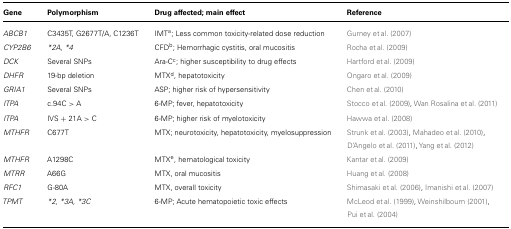
<table><thead><tr><td><b>Gene</b></td><td><b>Polymorphism</b></td><td><b>Drug affected; main effect</b></td><td><b>Reference</b></td></tr></thead><tbody><tr><td><i>ABCB1</i></td><td>C3435T, G2677T/A, C1236T</td><td>IMT<sup>a</sup>; Less common toxicity-related dose reduction</td><td>Gurney et al. (2007)</td></tr><tr><td><i>CYP2B6</i></td><td><i>*2A, *4</i></td><td>CFD<sup>b</sup>; Hemorrhagic cystitis, oral mucositis</td><td>Rocha et al. (2009)</td></tr><tr><td><i>DCK</i></td><td>Several SNPs</td><td>Ara-C<sup>c</sup>; higher susceptibility to drug effects</td><td>Hartford et al. (2009)</td></tr><tr><td><i>DHFR</i></td><td>19-bp deletion</td><td>MTX<sup>d</sup>, hepatotoxicity</td><td>Ongaro et al. (2009)</td></tr><tr><td><i>GRIA1</i></td><td>Several SNPs</td><td>ASP; higher risk of hypersensitivity</td><td>Chen et al. (2010)</td></tr><tr><td><i>ITPA</i></td><td>c.94C &gt; A</td><td>6-MP; fever, hepatotoxicity </td><td>Stocco et al. (2009), Wan Rosalina et al. (2011)</td></tr><tr><td><i>ITPA</i></td><td>IVS + 21A &gt; C</td><td>6-MP; higher risk of myelotoxicity</td><td>Hawwa et al. (2008)</td></tr><tr><td><i>MTHFR</i></td><td>C677T</td><td>MTX; neurotoxicity, hepatotoxicity, myelosuppression</td><td>Strunk et al. (2003), Mahadeo et al. (2010), D’Angelo et al. (2011), Yang et al. (2012)</td></tr><tr><td><i>MTHFR</i></td><td>A1298C</td><td>MTX<sup>e</sup>, hematological toxicity</td><td>Kantar et al. (2009)</td></tr><tr><td><i>MTRR</i></td><td>A66G</td><td>MTX, oral mucositis</td><td>Huang et al. (2008)</td></tr><tr><td><i>RFC1</i></td><td>G-80A</td><td>MTX, overall toxicity</td><td>Shimasaki et al. (2006), Imanishi et al. (2007)</td></tr><tr><td><i>TPMT</i></td><td><i>*2, *3A, *3C</i></td><td>6-MP; Acute hematopoietic toxic effects</td><td>McLeod et al. (1999), Weinshilboum (2001), Pui et al. (2004)</td></tr></tbody></table>